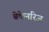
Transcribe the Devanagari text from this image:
बेकेनरिज